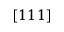
[ 1 1 1 ]